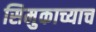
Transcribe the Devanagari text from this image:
सिमुकाच्याच